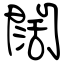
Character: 闊